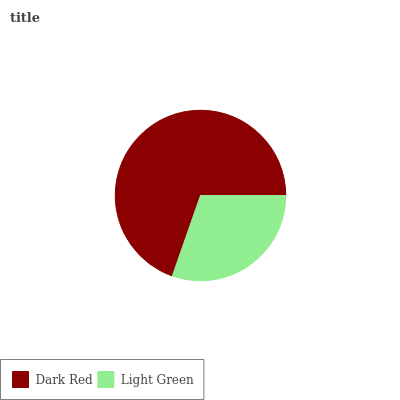
| Dark Red | Light Green |
 | --- | --- |
 | 69.6% | 30.4% |